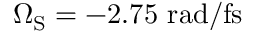
\Omega _ { \mathrm { { S } } } = - 2 . 7 5 ~ \mathrm { r a d / f s }